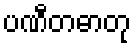
ပဏီတဓာတု